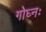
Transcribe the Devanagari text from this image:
गोघ्नः